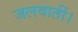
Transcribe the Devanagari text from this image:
जलवातीं।